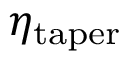
\eta _ { \mathrm { t a p e r } }